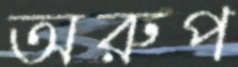
অরুপ